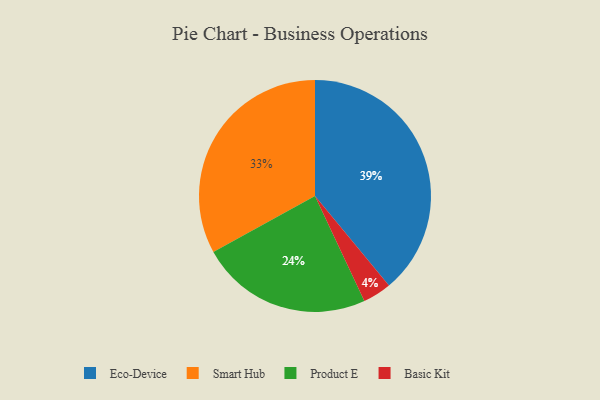
{"axis": {"x": "Category", "y": "Percentage"}, "legend": ["Basic Kit", "Eco-Device", "Product E", "Smart Hub"], "data": [{"x": "Basic Kit", "y": 4, "type": "Basic Kit"}, {"x": "Eco-Device", "y": 39, "type": "Eco-Device"}, {"x": "Smart Hub", "y": 33, "type": "Smart Hub"}, {"x": "Product E", "y": 24, "type": "Product E"}]}